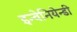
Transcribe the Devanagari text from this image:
इन्वेनियेन्डी